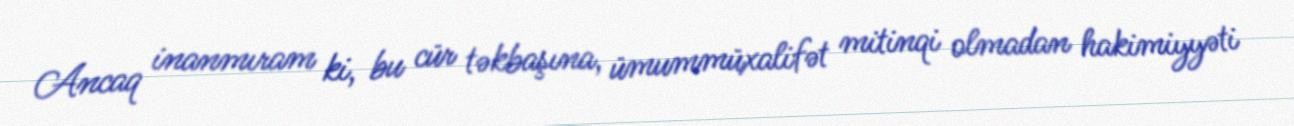
Ancaq inanmıram ki, bu cür təkbaşına, ümummüxalifət mitinqi olmadan hakimiyyəti